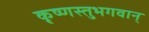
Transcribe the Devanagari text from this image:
कृष्णस्तुभगवान्